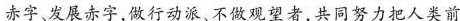
赤字、发展赤字，做行动派、不做观望者，共同努力把人类前